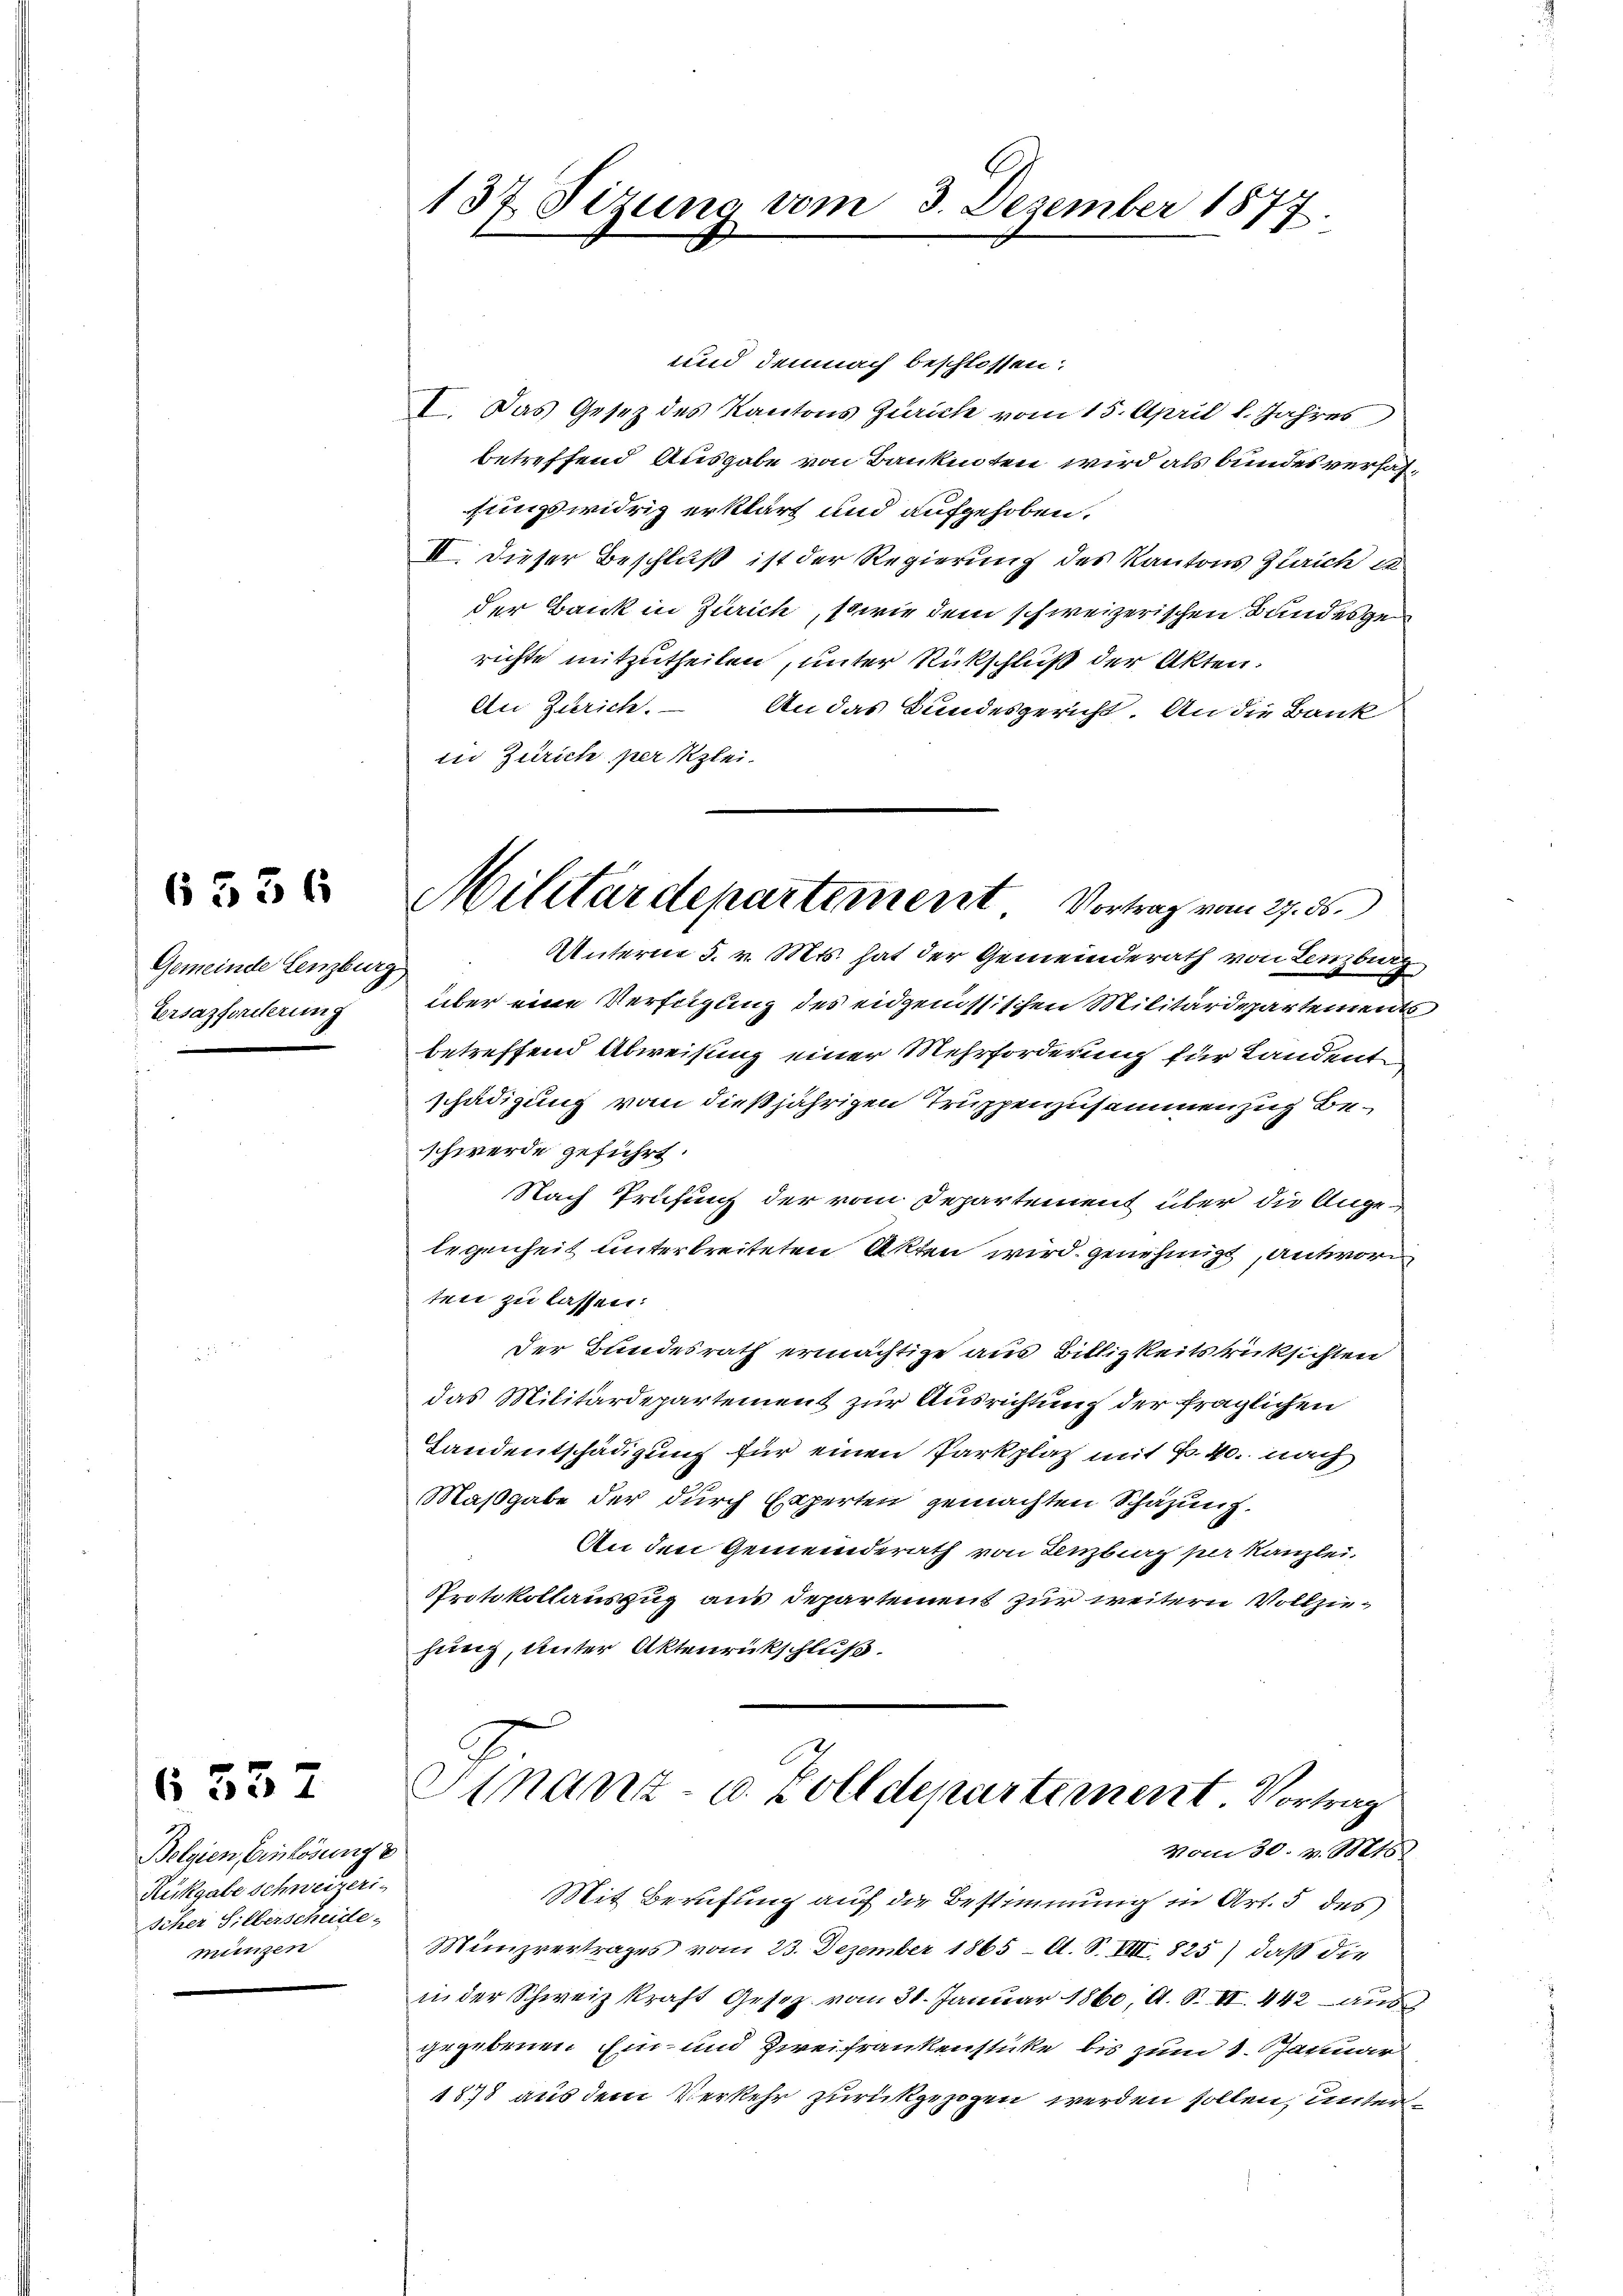
6536

Gemeinde Lenzburg,
Ersazforderung

6337

Belgien Einlösung d
Rükgabe schweizeris
scher Silberschude.
münzen

137. Sizung vom 3. Dezember 1877.

Militärdepartement. Vortrag vom 27. ds.

und demnach beschlossen:
I. Das Gesez des Kantons Zürich vom 15. April l. Jahres
betreffend Ausgabe von Bankinten wird als bundesverhaffungswidrig erklärt und aufgehoben.
II. Dieser Beschluß ist der Regierung des Kantons Zürich in
der Bank in Zürich, sowie dem schweizerischen Bandesge
richte mitzutheilen, unter Rückschluß der Akten.
An Zürich. – An das Bundesgericht. An die Bank
in Zürich per Klei¬
Unterne 5. v. Mts. hat der Gemeinderath von Lenzburg
über eine Verfügung des eidgenössischen Militärdepartement
betreffend Abweisung einer Mehrforderung für Landent
schädigung von dießjährigen Truppenzusammenzug be-
schwerde geführt.
Nach Prüfung der vom Departement über die Ange-
legenheit unterbreiteten Akten wird genehmigt, antwor
ten zu lassen:
Der Bundesrath ermächtige aus Billigkeitsrücksichten
das Militärdepartement zur Ausrichtung der fraglichen
Landentschädigung für einen Parkplatz mit Fr. 40. nach
Maßgabe der durch Experten gemachten Schazung.
An den Gemeinderath von Lenzburg per Kanzlei.
Protokollauszug aus Departement zur weitern Vollziehung, Unter Aktenrückschluß.
Sinanz- u. Zolldepartement. Vortrag
vom 30. v. Mts.
Mit Berufung auf die Bestimmung in Art. 5 des
Minzvertrages vom 23. Dezember 1865 – A. S. VIII 825) daß die
in der Schweiz kraft Gesetz vom 31. Januar 1860, A. S. II. 442 aus
gegebenen Ein und Zweifrankenstücke bis zum 1. Januar
1878 aus dem Verkehr zurückgezogen werden sollen, unter¬

.